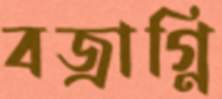
বজ্রাগ্নি